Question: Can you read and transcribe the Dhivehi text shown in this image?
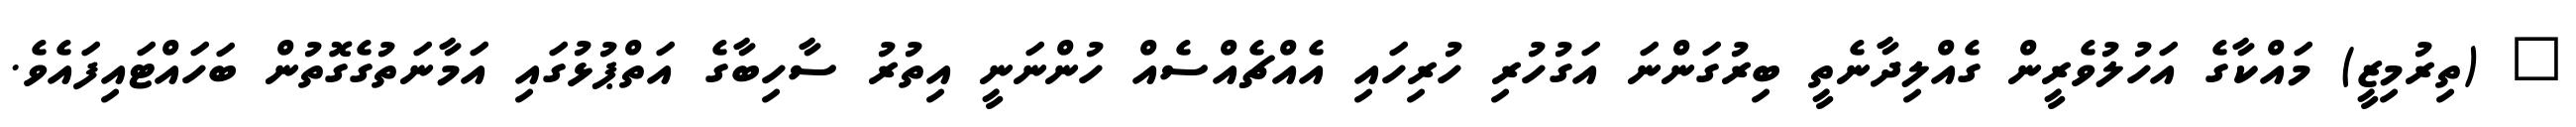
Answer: " (ތިރުމިޒީ) މައްކާގެ އަހުލުވެރީން ގެއްލިދާނެތީ ބިރުގަންނަ އަގުހުރި ހުރިހައި އެއްޗެއްސެއް ހުންނަނީ އިތުރު ސާހިބާގެ އަތްޕުޅުގައި އަމާނަތުގެގޮތުން ބަހައްޓައިފައެވެ.